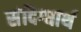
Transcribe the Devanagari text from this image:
संदिग्धार्थ